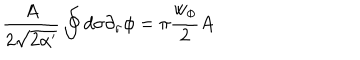
LaTeX: \frac { A } { 2 \sqrt { 2 \alpha ^ { \prime } } } \oint d \sigma \partial _ { \sigma } \phi = \pi \frac { w _ { \phi } } { 2 } A